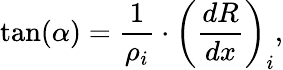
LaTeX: \tan(\alpha)=\frac{1}{\rho_{i}}\cdot\left(\frac{dR}{dx}\right)_{i},